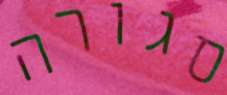
סגורה